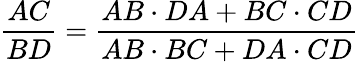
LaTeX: {\frac{AC}{BD}}={\frac{AB\cdot DA+BC\cdot CD}{AB\cdot BC+DA\cdot CD}}